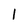
Character: 1